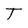
Character: T